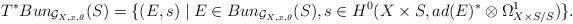
LaTeX: \begin{align*}T^*Bun_{\mathcal{G}_{X,x,\theta}}(S) = \{(E,s) \mid E \in Bun_{\mathcal{G}_{X,x,\theta}}(S), s \in H^{0}(X \times S, ad(E)^*\otimes \Omega^1_{X\times S/S}) \}.\end{align*}